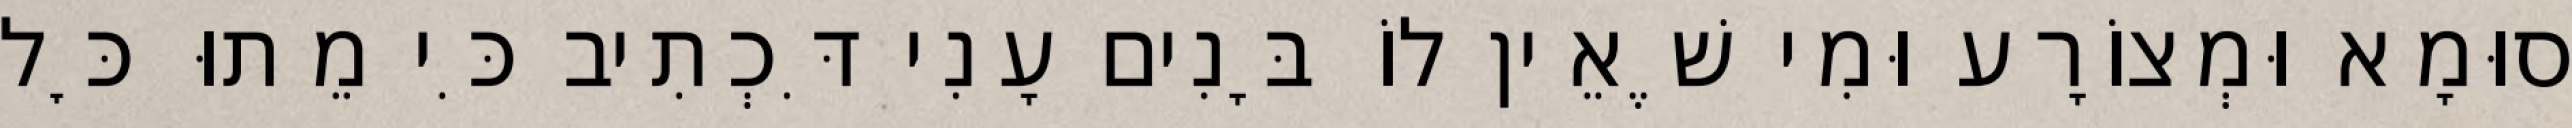
סוּמָא וּמְצוֹרָע וּמִי שֶׁאֵין לוֹ בָּנִים עָנִי דִּכְתִיב כִּי מֵתוּ כׇּל